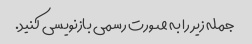
جمله زیر را به صورت رسمی بازنویسی کنید.